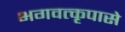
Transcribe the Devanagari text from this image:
भगवत्‍कृपासे